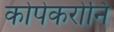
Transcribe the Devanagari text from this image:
कोपेकरोनि